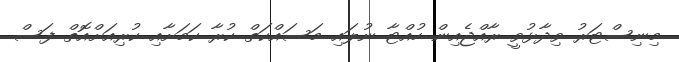
މިނިސްޓަރު ވިދާޅުވީ ރާއްޖެއިން ހުއްޓާ ނުލައި މަސައްކަތް ކުރާ ކަމަށާއި ކުރިއަށްއޮތް ފަސް